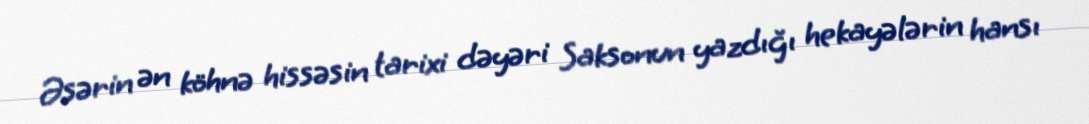
Əsərin ən köhnə hissəsin tarixi dəyəri Saksonun yazdığı hekayələrin hansı